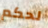
لحكم